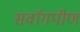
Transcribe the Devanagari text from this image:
सर्वांगपीण